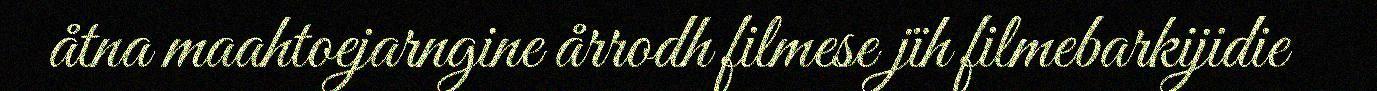
åtna maahtoejarngine årrodh filmese jïh filmebarkijidie